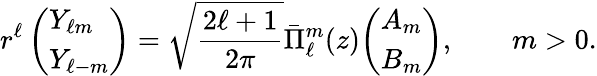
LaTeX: r^{\ell}\, {\left(\begin{array}{l}{Y_{\ell m}}\\ {Y_{\ell-m}}\end{array}\right)}={\sqrt{\frac{2\ell+1}{2\pi}}}{\bar{\Pi}}_{\ell}^{m}(z){\left(\begin{array}{l}{A_{m}}\\ {B_{m}}\end{array}\right)},\qquad m>0.